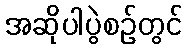
အဆိုပါပွဲစဉ်တွင်